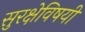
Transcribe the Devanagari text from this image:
सुरक्षेविषयी